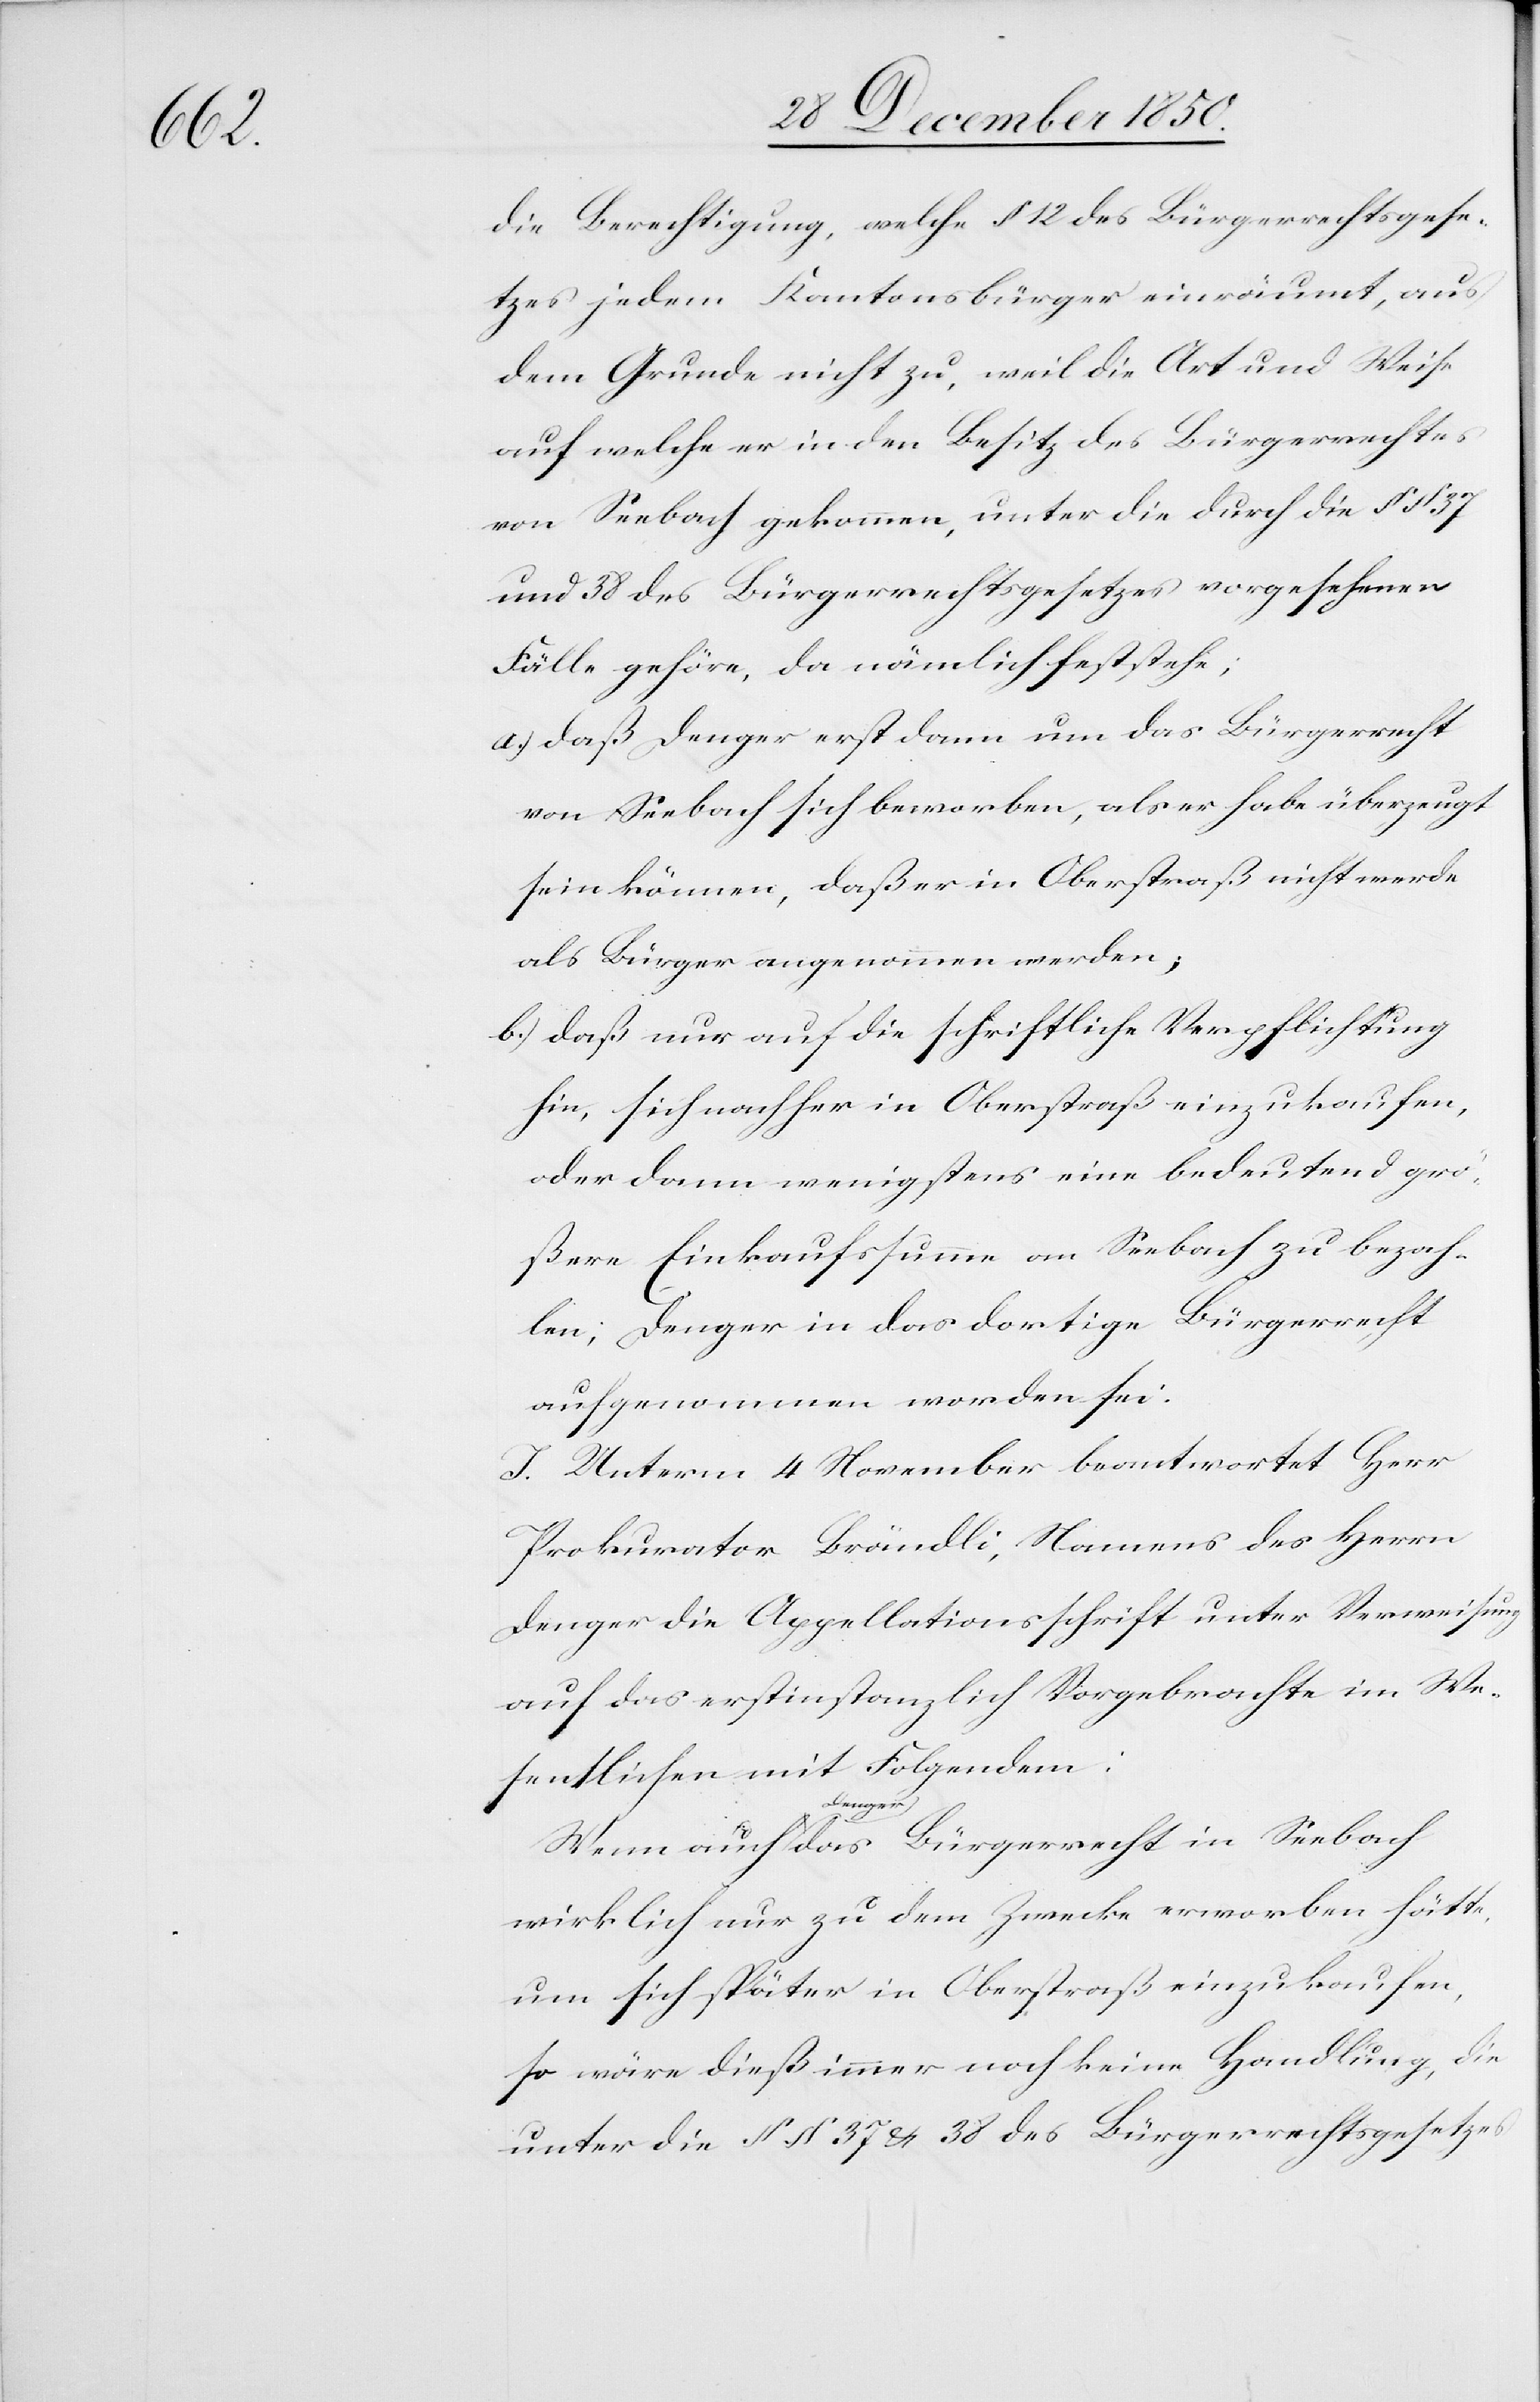
die Berechtigung, welche § 12 des Bürgerrechtsgese¬
tzes jedem Kantonsbürger einräumt, aus
dem Grunde nicht zu, weil die Art und Weise
auf welche er in den Besitz des Bürgerrechtes
von Seebach gekommen, unter die durch die § 37
und 38 des Bürgerrechtsgesetzes vorgesehenen
Fälle gehöre, da nämlich feststehe;
a.) daß Denger erst dann um das Bürgerrecht
von Seebach sich beworben, als er habe überzeugt
sein können, daß er in Oberstraß nicht werde
als Bürger angenommen werden;
b.) daß nur auf die schriftliche Verpflichtung
hin, sich nachher in Oberstraß einzukaufen,
oder dann wenigstens eine bedeutend grö¬
ßere Einkaufssumme an Seebach zu bezah¬
len; Denger in das dortige Bürgerrecht
aufgenommen worden sei.
J. Unterm 4 November beantwortet Herr
Prokurator Brändli, Namens des Herrn
Denger die Appellationsschrift unter Verweisung
auf das erstinstanzlich Vorgebrachte im We¬
sentlichen mit Folgendem:
Wenn auch Denger das Bürgerrecht in Seebach
wirklich nur zu dem Zwecke erworben hätte,
um sich später in Oberstraß einzukaufen,
so wäre dieß immer noch keine Handlung, die
unter die § § 37 & 38 des Bürgerrechtsgesetzes